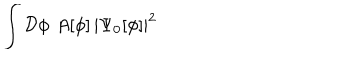
\int { \cal D } \phi \, \, A [ \phi ] \, | \Psi _ { 0 } [ \phi ] | ^ { 2 }